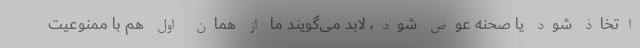
اتخاذ شود یا صحنه عوض شود، لابد می‌گویند ما از همان اول هم با ممنوعیت